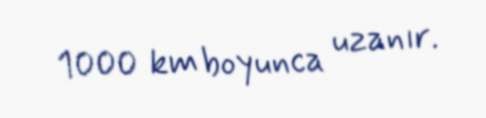
1000 km boyunca uzanır.